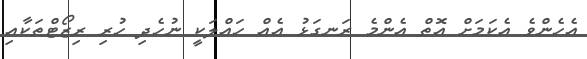
އެހެންވެ އެކަމަށް އޮތް އެންމެ ރަނގަޅު އެއް ހައްލަކީ ނުހެދި ހުރި ރިޒޯޓްތަކާއި